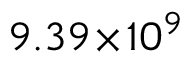
9 . 3 9 \! \times \! 1 0 ^ { 9 }